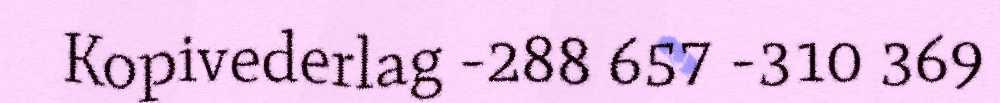
Kopivederlag -288 657 -310 369